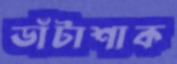
ডাঁটাশাক